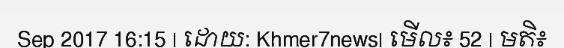
Sep 2017 16:15 | ដោយ: Khmer7news| មើល៖ 52 | មតិ៖